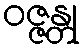
ဝဇ္ဇန္တု